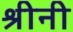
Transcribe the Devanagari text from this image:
श्रीनी